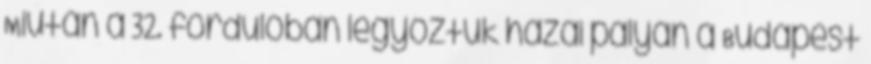
Miután a 32. fordulóban legyőztük hazai pályán a Budapest